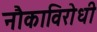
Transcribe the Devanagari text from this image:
नौकाविरोधी